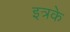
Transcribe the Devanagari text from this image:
इत्रके